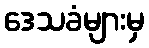
ဒေသခံများမှ